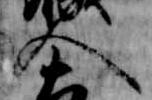
人